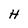
Character: H